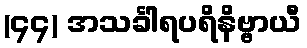
(၄၄) အသင်္ခါရပရိနိဗ္ဗာယီ